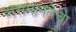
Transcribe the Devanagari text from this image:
असमानतेचा